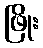
ဖြိုး